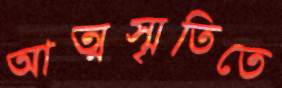
আত্মস্মৃতিতে